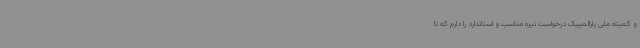
و کمیته ملی پارالمپیک درخواست نیزه مناسب و استاندارد را دارم که تا